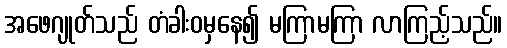
အဖေဂျုတ်သည် တံခါးဝမှနေ၍ မကြာမကြာ လာကြည့်သည်။